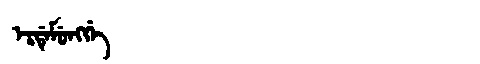
Manchu: ᡝᡵᡩᡝᠮᡠᠩᡤᡝ
Romanization: ERDEMUNGGE